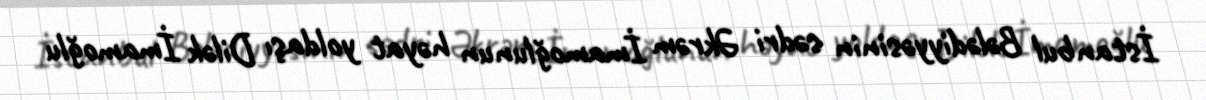
İstanbul Bələdiyyəsinin sədri Əkrəm İmamoğlunun həyat yoldaşı Dilək İmamoğlu